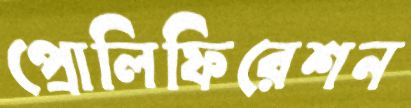
প্রোলিফিরেশন